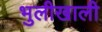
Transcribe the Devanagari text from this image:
भुलीखाली